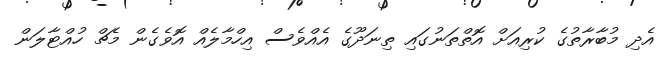
އެދި މުބާރާތުގެ ކުރިއަށް އޮތްތަނުގައި ތިނަދޫގެ އެއްވެސް އިހްމާލެއް އޮވެގެން މެޗް ހުއްޓާލަން